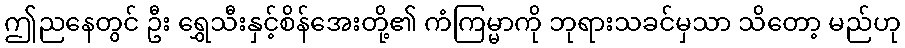
ဤညနေတွင် ဦး ရွှေသီးနှင့်စိန်အေးတို့၏ ကံကြမ္မာကို ဘုရားသခင်မှသာ သိတော့ မည်ဟု